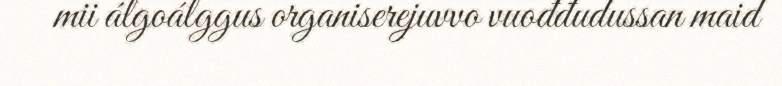
mii álgoálggus organiserejuvvo vuođđudussan maid